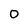
Character: o